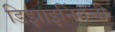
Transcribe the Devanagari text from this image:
डिझाइनिंगची